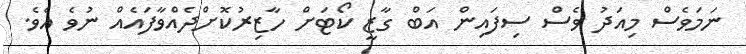
ނަމަވެސް މިއަދު ވެސް ސިފައިން އަބް ގާޒީ ކޯޓަށް ހާޒިރުކޮށްދެއްވާފައެއް ނުވެ އެވެ.